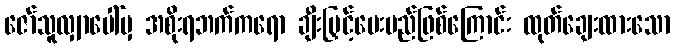
ဇော်သူလျှာပေါ်မှ အစိုးရဘက်ကရော ချီးမြှင့်ပေးမည်ဖြစ်ကြောင်း ထုတ်ချေးထားသော